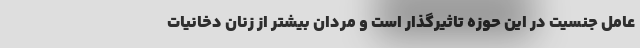
عامل جنسیت در این حوزه تاثیرگذار است و مردان بیشتر از زنان دخانیات